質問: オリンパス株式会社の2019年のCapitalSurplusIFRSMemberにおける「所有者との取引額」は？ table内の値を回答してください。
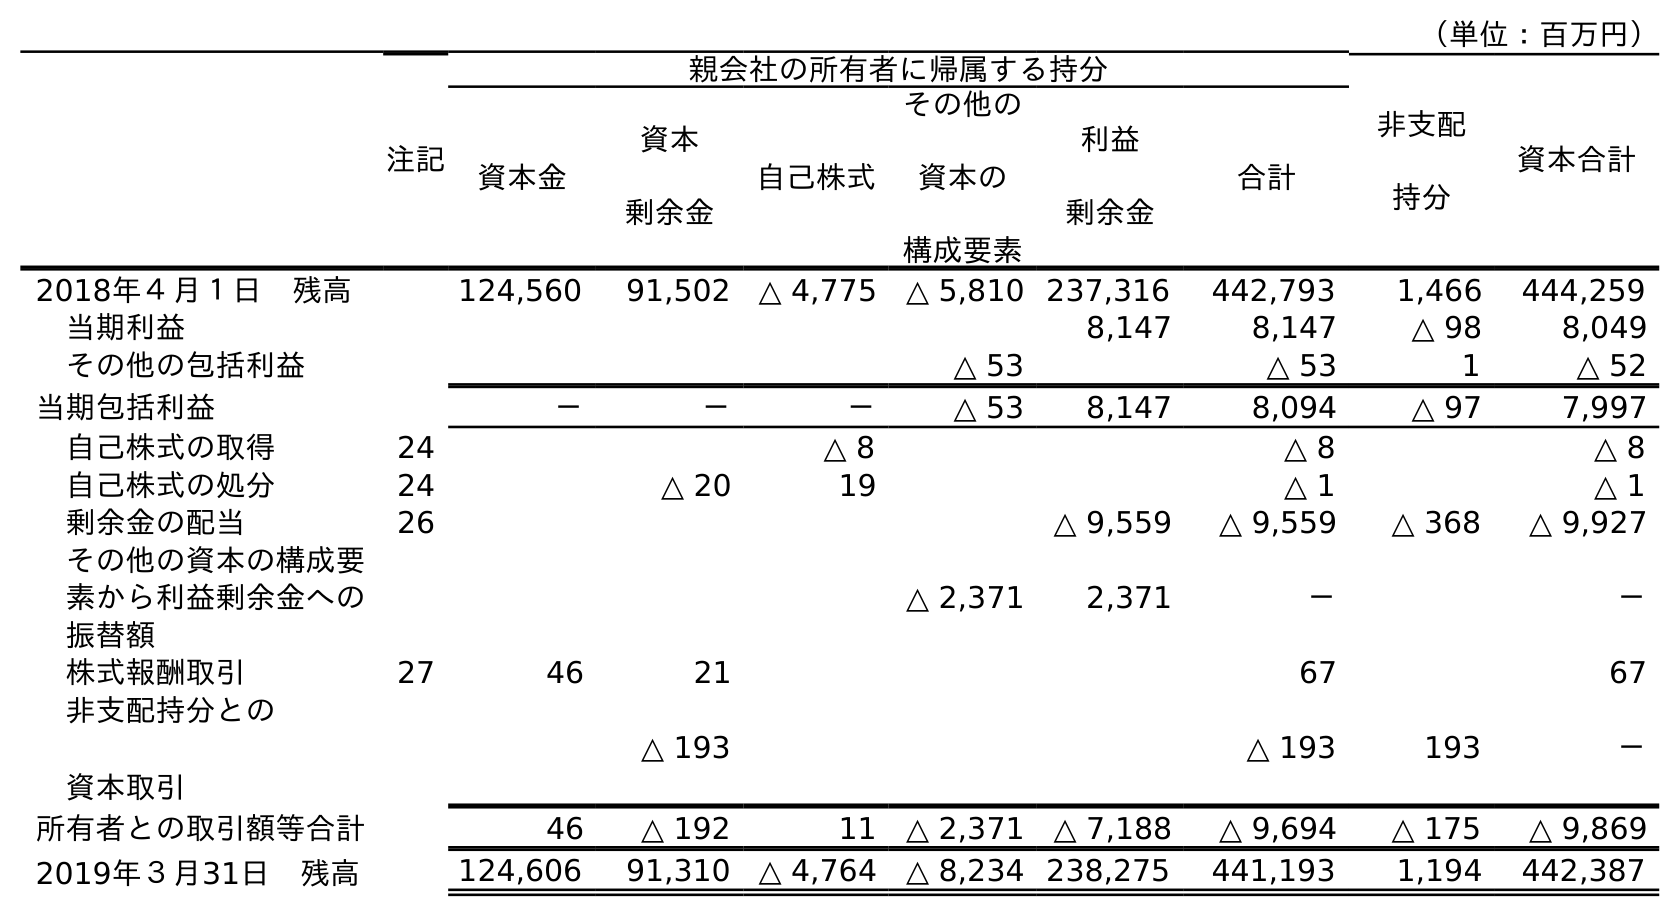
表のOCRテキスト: （単位：百万円） 注記 親会社の所有者に帰属する持分 非支配 持分 資本合計 資本金 資本 剰余金 自己株式 その他の 資本の 構成要素 利益 剰余金 合計 2018年４月１日 残高 124,560 91,502 △ 4,775 △ 5,810 237,316 442,793 1,466 444,259 当期利益 8,147 8,147 △ 98 8,049 その他の包括利益 △ 53 △ 53 1 △ 52 当期包括利益 － － － △ 53 8,147 8,094 △ 97 7,997 自己株式の取得 24 △ 8 △ 8 △ 8 自己株式の処分 24 △ 20 19 △ 1 △ 1 剰余金の配当 26 △ 9,559 △ 9,559 △ 368 △ 9,927 その他の資本の構成要 素から利益剰余金への 振替額 △ 2,371 2,371 － － 株式報酬取引 27 46 21 67 67 非支配持分との 資本取引 △ 193 △ 193 193 － 所有者との取引額等合計 46 △ 192 11 △ 2,371 △ 7,188 △ 9,694 △ 175 △ 9,869 2019年３月31日 残高 124,606 91,310 △ 4,764 △ 8,234 238,275 441,193 1,194 442,387
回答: △192